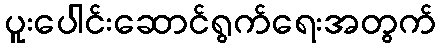
ပူးပေါင်းဆောင်ရွက်ရေးအတွက်